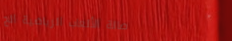
صالة الألعاب الرياضية الح